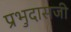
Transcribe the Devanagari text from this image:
प्रभुदासजी